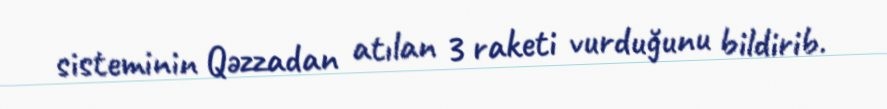
sisteminin Qəzzadan atılan 3 raketi vurduğunu bildirib.